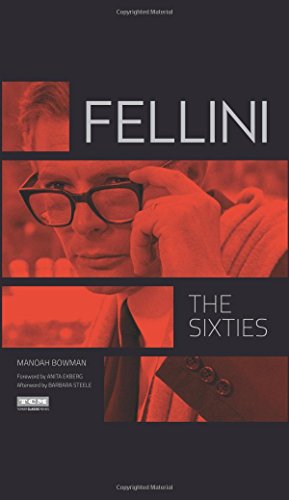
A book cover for Fellini: The Sixties (Turner Classic Movies); Manoah Bowman; Humor & Entertainment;